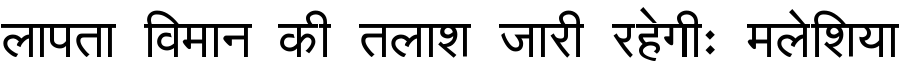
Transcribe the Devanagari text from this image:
लापता विमान की तलाश जारी रहेगीः मलेशिया